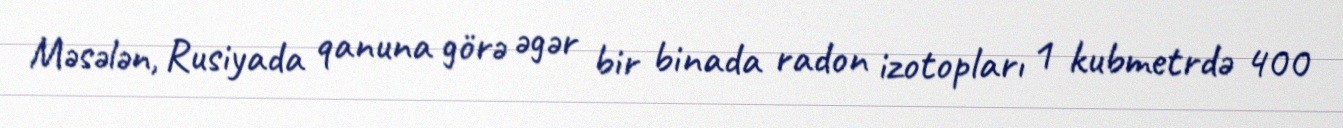
Məsələn, Rusiyada qanuna görə əgər bir binada radon izotopları 1 kubmetrdə 400